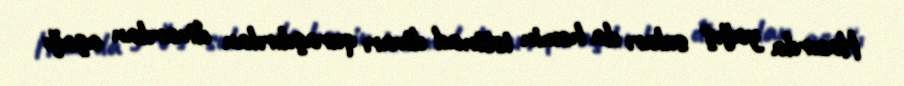
Hazırda yağış suları da həmin istinad divarı quraşdırılan divardan aşağı